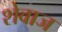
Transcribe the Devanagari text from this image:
शेवाज